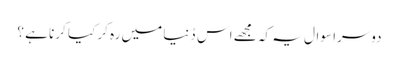
دوسرا سوال یہ کہ مجھے اس دُنیا میں رہ کر کیا کرنا ہے ؟